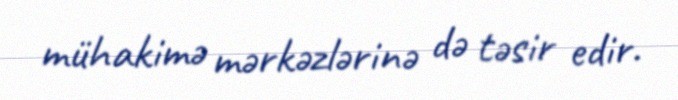
mühakimə mərkəzlərinə də təsir edir.